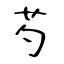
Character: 芍